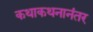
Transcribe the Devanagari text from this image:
कथाकथनानंतर